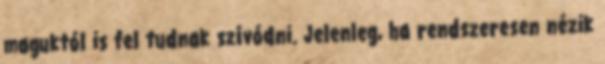
maguktól is fel tudnak szívódni. Jelenleg, ha rendszeresen nézik